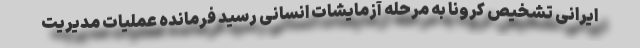
ایرانی تشخیص کرونا به مرحله آزمایشات انسانی رسید فرمانده عملیات مدیریت